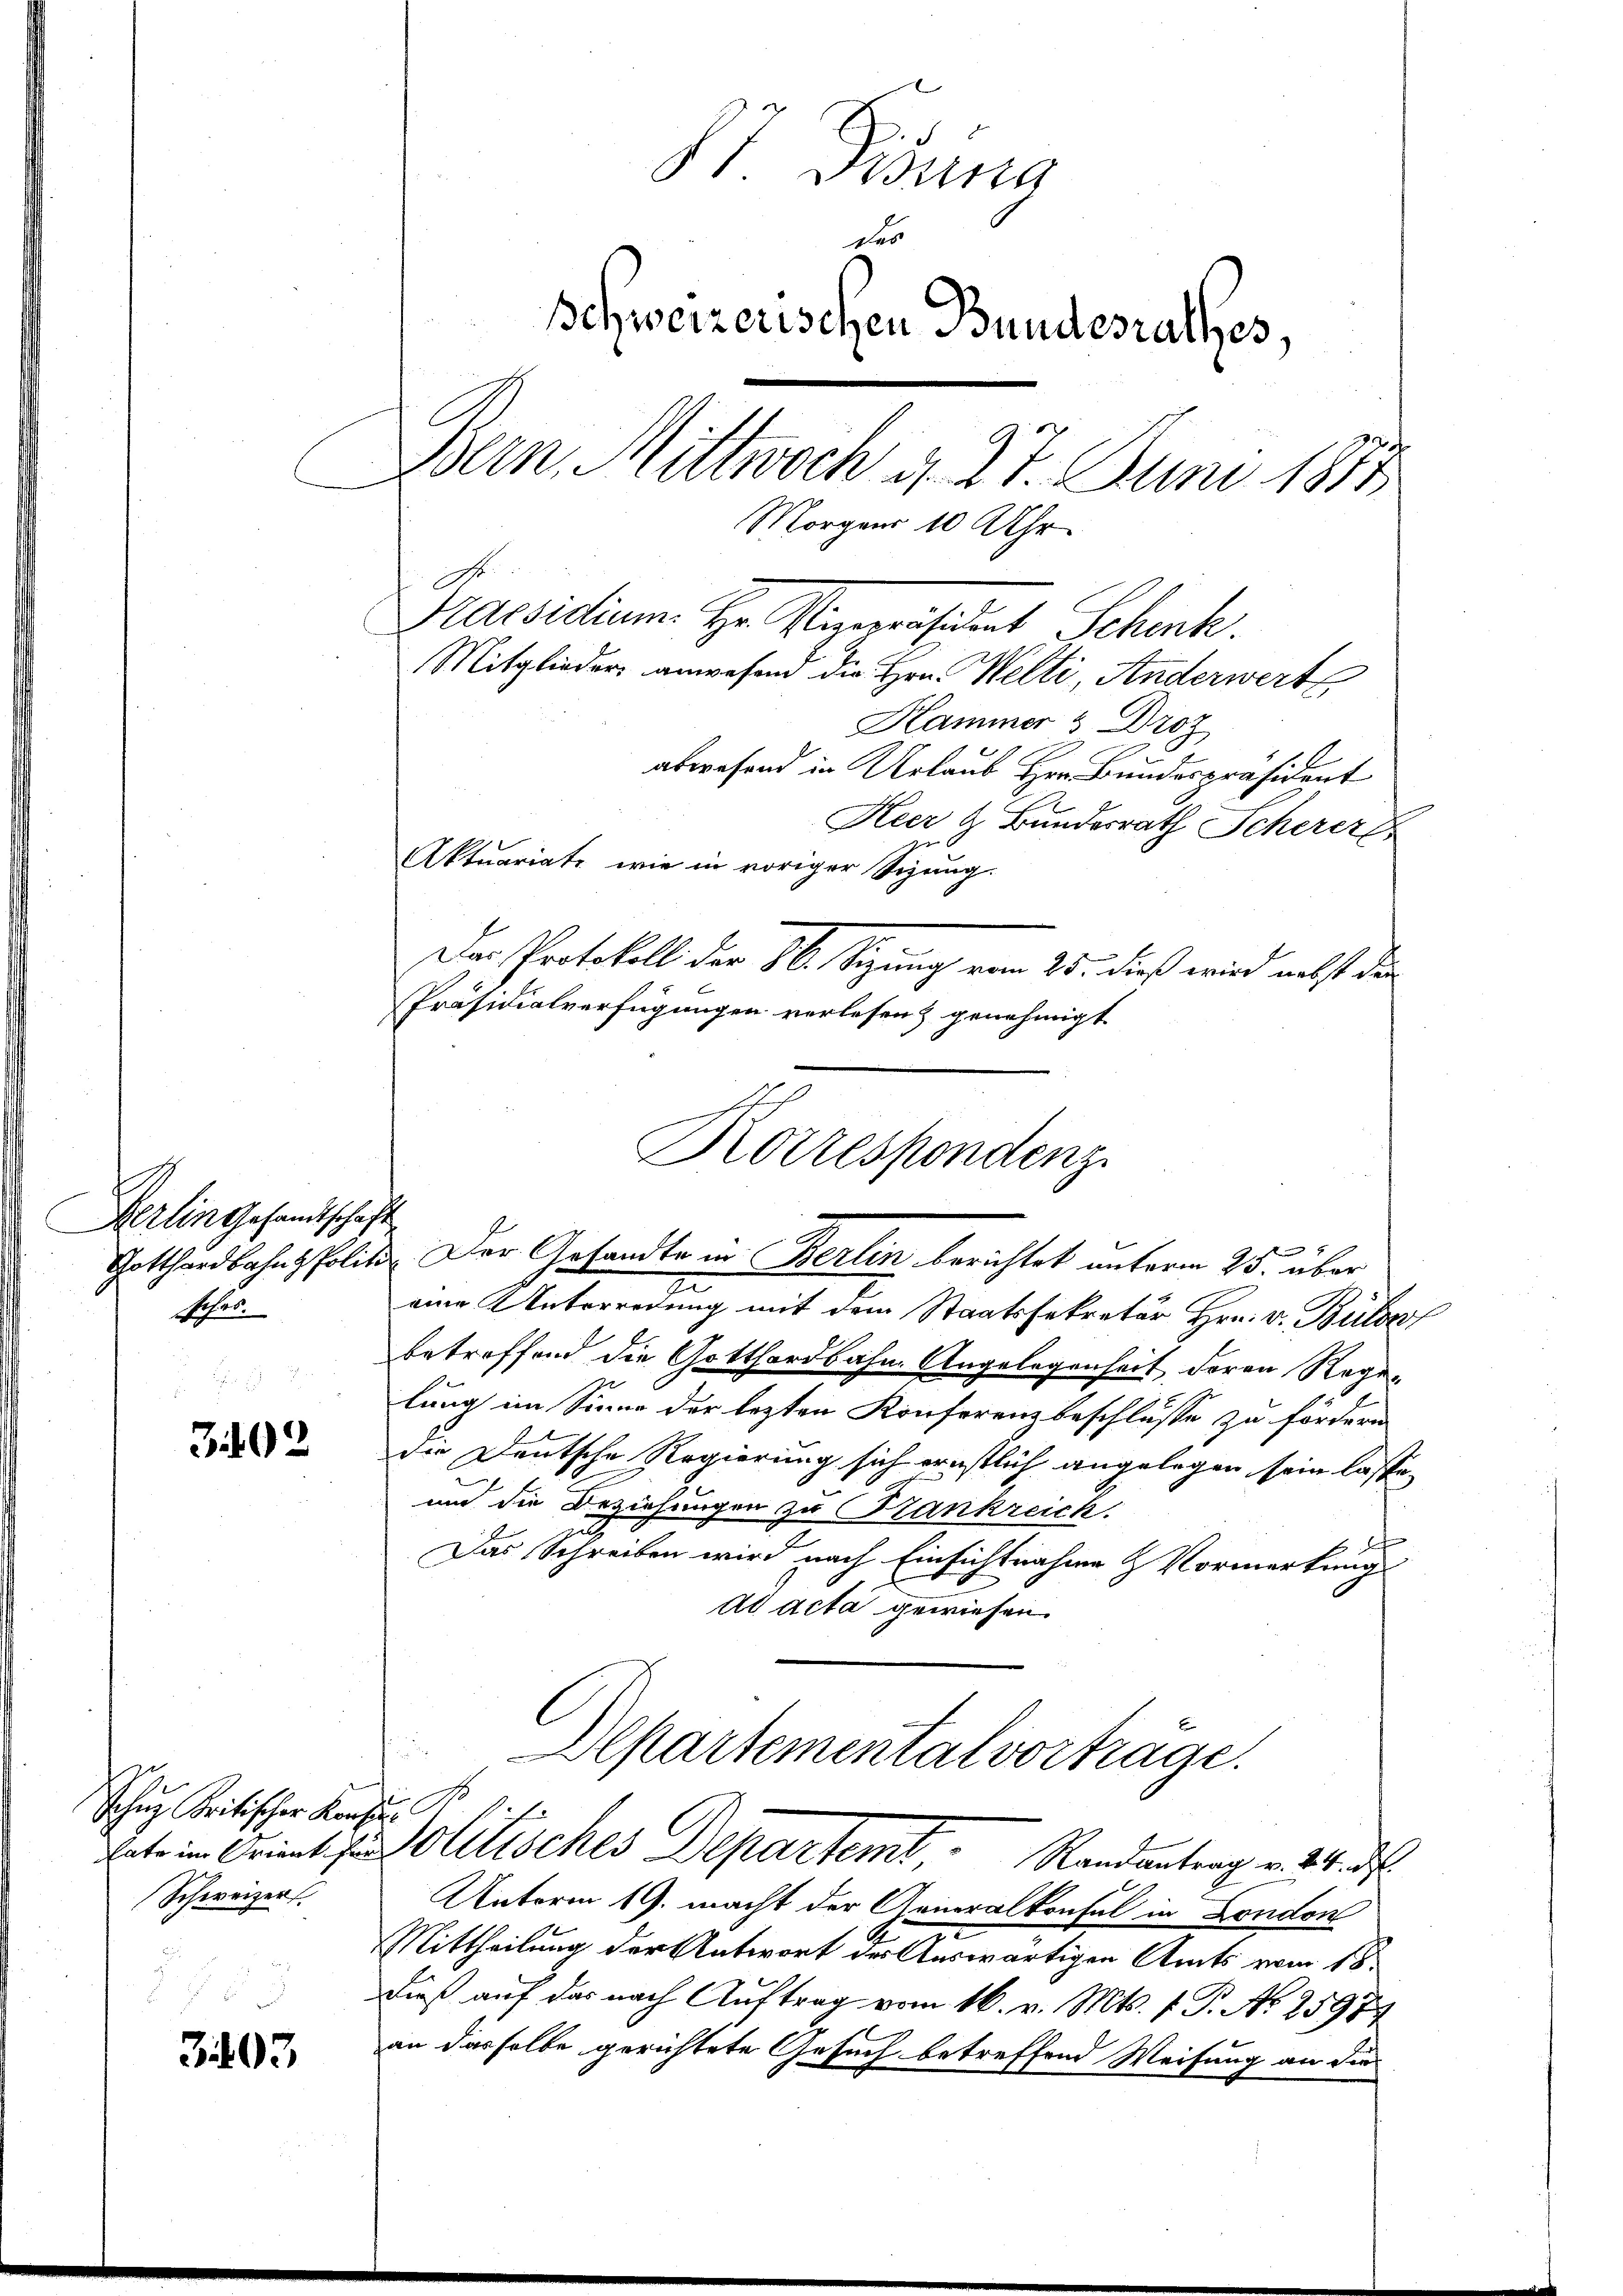
Herlin Gesandtschaft
Siles

302

3407

87 Pisung
des
Schweizerischen Bundesrathes,
Bern Mittwoch d. 27. Juni 1883
Morgens 10 Uhr.

Schŭz Kritischer Kanz. B.
Schweizer.

.
Mitglieder anwesend die Hrn. Welti, Anderwert
Hammer & Droz
abwesend in Urlaub Herr Bundespräsident
Heer & Bundesrath Scherer
Aktuariate wie in voriger Sizung.
Der Protokoll der 86. Sizung vom 25. dieß wird nebst der
Präsidialverfügungen verlesen & genehmigt.
Gotthardbahns Polit. Der Gesandte in Berlin berichtet unterm 25. über
zu
eine Unterredung mit dem Staatssekretär Hrn. v. Bül
betreffend die Gotthardbahn. Angelegenheit deren Rege-
lung im Sinne der lezten Konferenzbeschlusse zu fördern
die Deutsche Regierung sich ernstlich angelegen sein lasse,
und die Beziehungen zu Krankreich.
e
Das Schreiben wird nach Einsichtnahme & Vormerkung
ad acta gewiesen.
Alpartemental vorträge.

Praesidium Hr. Vizepräsident Schenk.

Korrespondenz

date im Orient in Olitisches Departemt, Randantrag v. 24. d.

Unterm 19. macht der Generalkonsul in London
Mittheilung der Antwort der Auswärtigen Amts vom 18.
Dieß auf das nach Auftrag vom 16. v. Mts. f. P. No 25979
an dasselbe gerichtete Gesuch betreffend Weisung an die